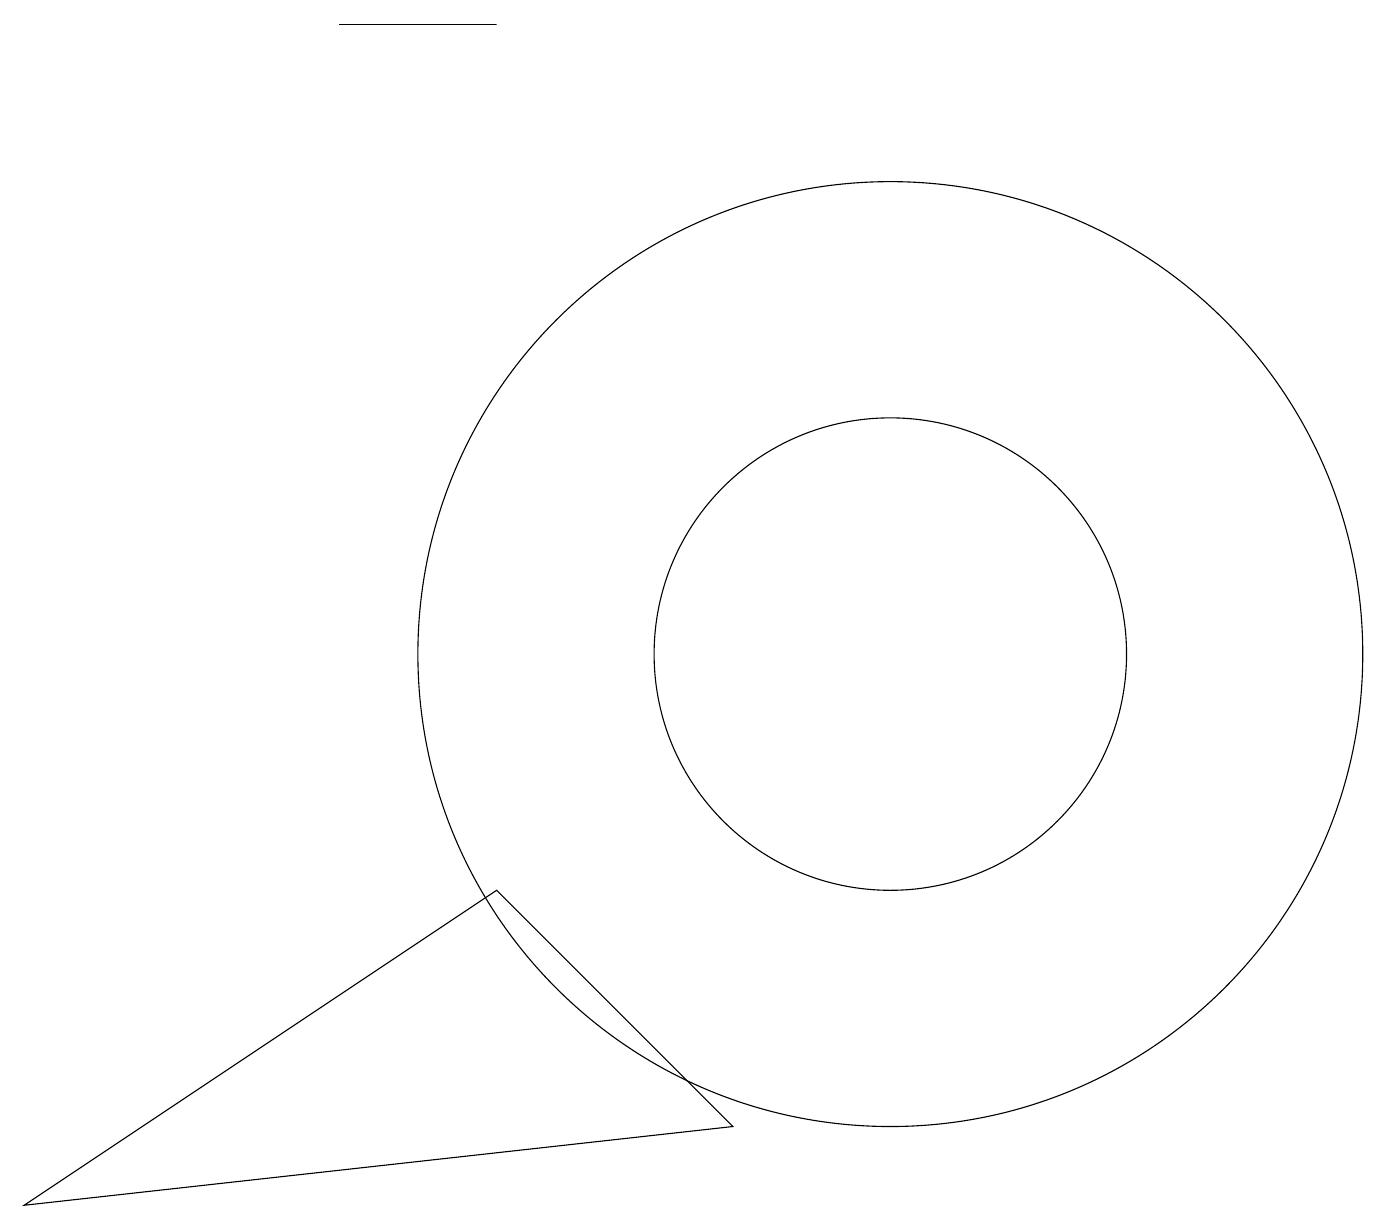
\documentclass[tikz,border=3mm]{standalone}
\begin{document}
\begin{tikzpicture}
\draw (9,4) -- (6,7) -- (0,3) -- cycle;
\draw (11,10) circle (6);
\draw (4,18) rectangle (6,18);
\draw (11,10) circle (3);
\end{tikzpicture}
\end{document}